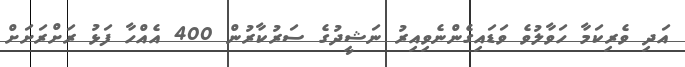
އަދި ވެރިކަމާ ހަވާލުވެ ވަޑައިގެންނެވިއިރު ނަޝީދުގެ ސަރުކާރުން 400 އެއްހާ ފަޅު ރަށްރަށަށް